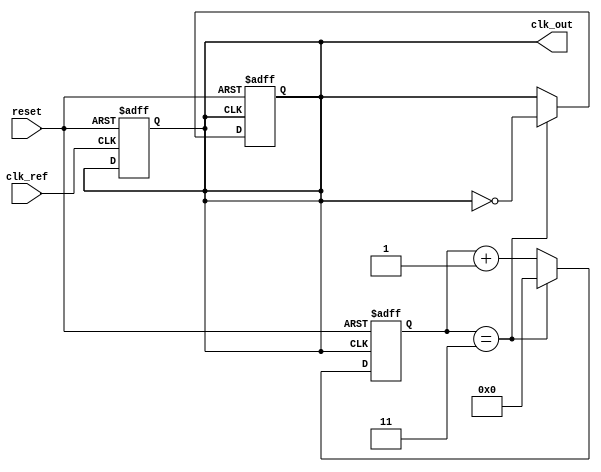
module memory_blocks_PLL (
    input wire clk_ref,        // Reference clock input
    input wire reset,          // Reset signal
    output reg clk_out         // Output clock
);
    // Parameters
    parameter DIV_RATIO = 4;   // Frequency Divider Ratio
    parameter INIT_VOLTAGE = 8'b00000000; // Initial control voltage

    // Internal signals
    reg [7:0] control_voltage;  // Control voltage for VCO
    reg phase_error;            // Phase error signal
    reg [3:0] divider;          // Divider counter
    reg [1:0] vco_state;        // VCO state representation

    // Phase Detector
    always @(posedge clk_ref or posedge reset) begin
        if (reset) begin
            phase_error <= 0;
        end else begin
            // Simulated phase detection logic
            // For simplicity, assume phase_error is assigned based on clock edges
            // This requires more complex logic in a real implementation
            phase_error <= (clk_ref ^ clk_out);
        end
    end

    // Charge Pump
    always @(posedge clk_ref or posedge reset) begin
        if (reset) begin
            control_voltage <= INIT_VOLTAGE;
        end else begin
            if (phase_error) begin
                control_voltage <= control_voltage + 1; // Charge
            end else begin
                control_voltage <= control_voltage - 1; // Discharge
            end
        end
    end

    // Voltage-Controlled Oscillator (VCO)
    always @(posedge clk_ref or posedge reset) begin
        if (reset) begin
            vco_state <= 2'b00; // Reset VCO state
            clk_out <= 0;
        end else begin
            // Example of frequency modulation based on control voltage
            if (control_voltage > 8'b00000001) begin
                vco_state <= 2'b01; // Higher frequency
            end else begin
                vco_state <= 2'b00; // Lower frequency
            end
        end
    end

    // Frequency Divider
    always @(posedge clk_out or posedge reset) begin
        if (reset) begin
            divider <= 0;
            clk_out <= 0;
        end else begin
            if (divider == DIV_RATIO - 1) begin
                clk_out <= ~clk_out; // Toggle output clock
                divider <= 0;
            end else begin
                divider <= divider + 1; // Increment divider counter
            end
        end
    end

endmodule